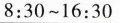
8：30~16:30